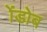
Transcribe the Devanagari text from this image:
ॲडोब